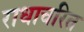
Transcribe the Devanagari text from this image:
राधाचरित